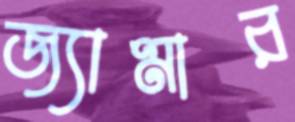
জ্যামার